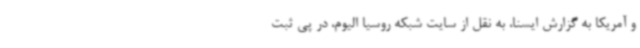
و آمریکا به گزارش ایسنا، به نقل از سایت شبکه روسیا الیوم، در پی ثبت